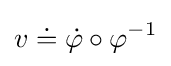
v\doteq {\dot {\varphi }}\circ \varphi ^{-1}